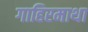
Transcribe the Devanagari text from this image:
गाहिरमाथा